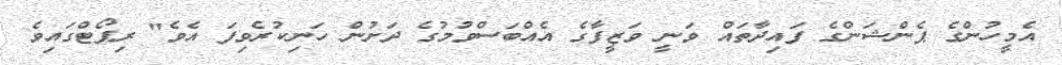
އެމީހުންގެ ޕެންޝަންގެ ފައިދާތައް ވަނީ ވަޒީފާގެ އެއްބަސްވުމުގެ ދަށުން ހަނިކުރެވިފަ އެވެ" ރިޕޯޓްގައިވެ